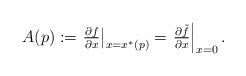
LaTeX: \begin{align*} A(p) := \left. \textstyle \frac{\partial f}{\partial x} \right|_{x = x^*(p)} = \left. \textstyle \frac{\partial \tilde{f}}{\partial x} \right|_{x = 0} .\end{align*}